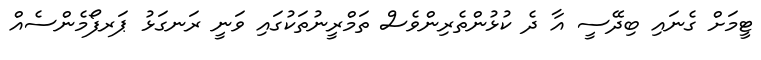
ޓީމަށް ގެނައި ބިދޭސީ އާ ދެ ކުޅުންތެރިންވެސް ތަމްރީނުތަކުގައި ވަނީ ރަނގަޅު ޕަރފޯމެންސެއް